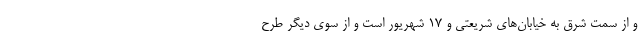
و از سمت شرق به خیابان‌های شریعتی و ۱۷ شهریور است و از سوی دیگر طرح